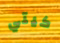
كيتي